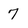
Character: 7